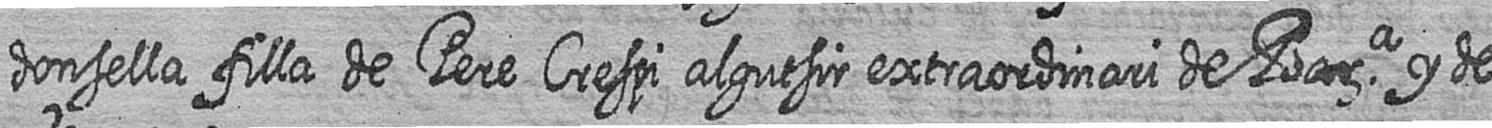
donsella filla de Pere Crespi algutsir extraordimari de Bara y de